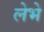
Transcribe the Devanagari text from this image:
लेभे